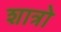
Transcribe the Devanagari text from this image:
शात्रो